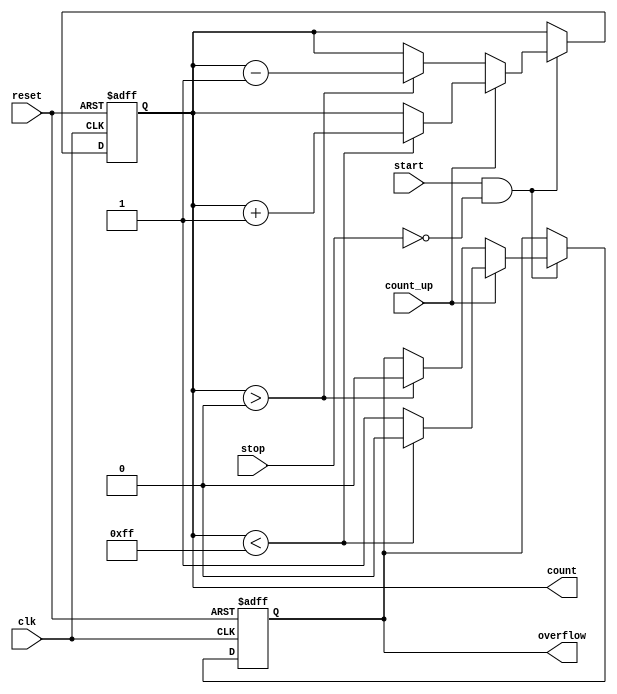
module MemoryBlocksWindowedCounter #(
    parameter WIDTH = 8,  // Bit width for the count value
    parameter MAX_COUNT = 255  // Maximum count value for overflow detection
)(
    input wire clk,          // Clock signal
    input wire reset,        // Reset signal
    input wire start,        // Start counting signal
    input wire stop,         // Stop counting signal
    input wire count_up,     // Control for counting up or down
    output reg [WIDTH-1:0] count, // Current count value
    output reg overflow      // Overflow flag
);

    // Memory block to store the count value
    reg [WIDTH-1:0] memory;

    // Always block for synchronous operation
    always @(posedge clk or posedge reset) begin
        if (reset) begin
            count <= 0;        // Reset count to zero
            memory <= 0;       // Reset memory
            overflow <= 0;     // Clear overflow flag
        end else if (start && !stop) begin
            // Counting operation
            if (count_up) begin
                if (count < MAX_COUNT) begin
                    count <= count + 1; // Increment count
                    overflow <= 0;       // Clear overflow flag
                end else begin
                    overflow <= 1;       // Set overflow flag
                end
            end else begin
                if (count > 0) begin
                    count <= count - 1; // Decrement count
                    overflow <= 0;       // Clear overflow flag
                end
            end
            memory <= count; // Store the current count in memory
        end
    end

endmodule